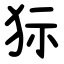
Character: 狋